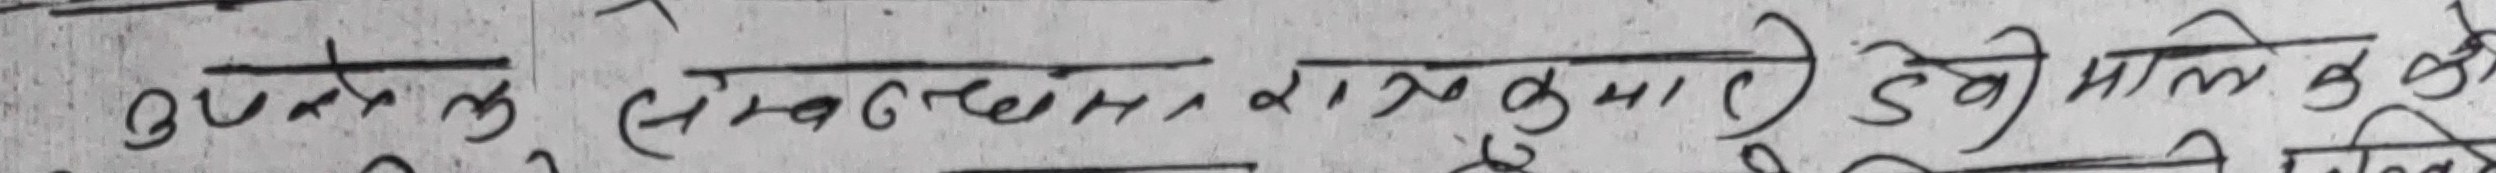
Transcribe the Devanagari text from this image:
उपरोक्त (रामविलास, राजकुमार) ठग्यौ माले क